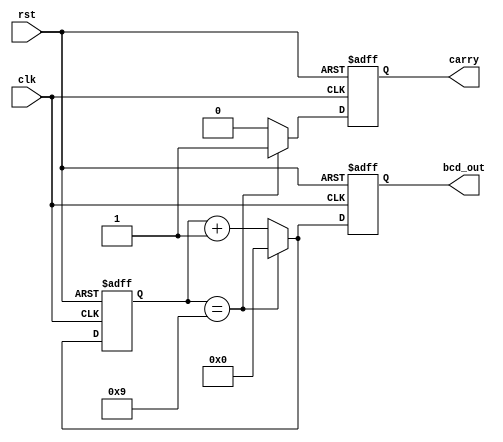
`timescale 1ns / 1ps
//////////////////////////////////////////////////////////////////////////////////
// Company: 
// Engineer: 
// 
// Design Name: 
// Module Name: bcd_counter
// Project Name: 
// Target Devices: 
// Tool Versions: 
// Description: 
// 
// Dependencies: 
// 
// Revision:
// Revision 0.01 - File Created
// Additional Comments:
// 
//////////////////////////////////////////////////////////////////////////////////


module bcd_counter(
    input clk,
    input rst,
    output reg [0:3] bcd_out,
    output reg carry
    );
    
    // Parameter for count limit
    parameter MAX = 9;
    
    // Counter variable
    reg [3:0] count;
    
    // BCD counter logic
    always @(posedge clk or posedge rst)
    begin
        if (rst)
        begin
            count <= 0;
            bcd_out <= 0;
            carry <= 0;
        end
        else if (clk)
        begin
            if (count == MAX)
            begin
                count <= 0;
                bcd_out <= 0;
                carry <= 1;
            end
            else
            begin
                count = count + 1;
                bcd_out <= count;
                carry <= 0;
            end
        end
    end
endmodule